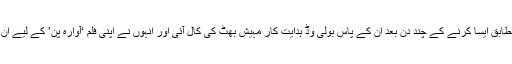
گلوکار کے مطابق ایسا کرنے کے چند دن بعد ان کے پاس بولی وڈ ہدایت کار مہیش بھٹ کی کال آئی اور انہوں نے اپنی فلم ‘آوارہ پن’ کے لیے ان کا یہ گانا لیا۔